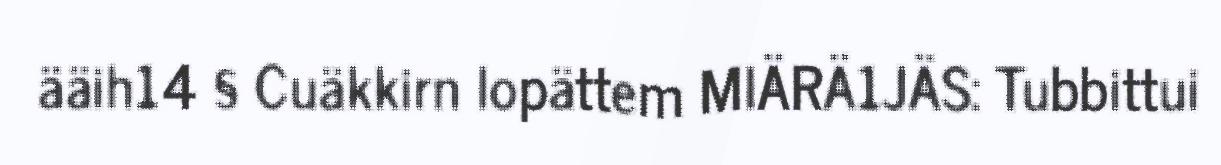
ääih14 § Cuäkkirn lopättem MIÄRÄ1JÄS: Tubbittui